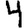
Digit: 4